Annual report of the Punjab Veterinary College and of the Civil Veterinary Department, Punjab - 1909-1919
Year: 1909
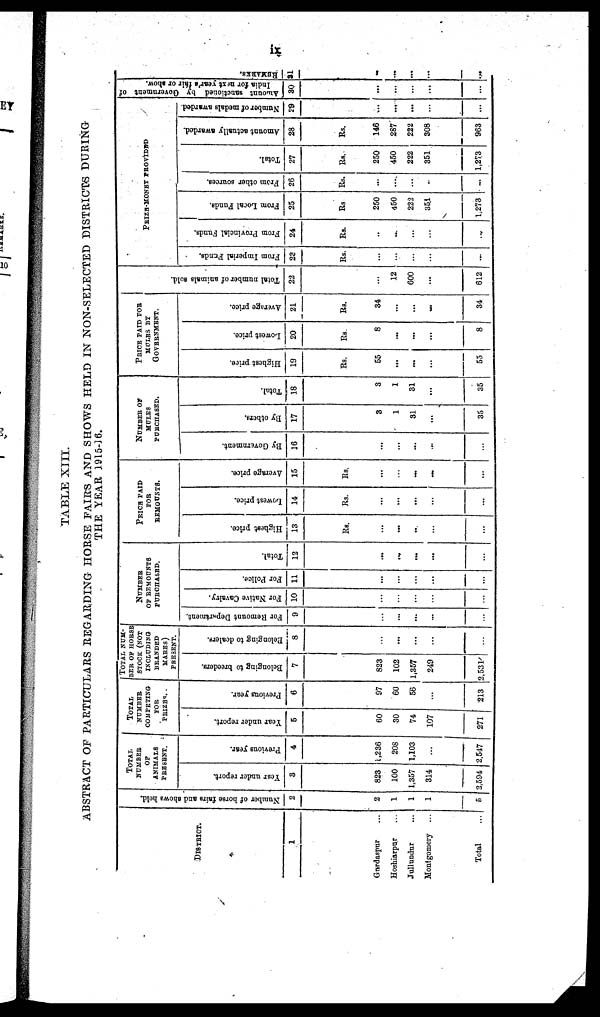
ix
TABLE XIII.
ABSTRACT OF PARTICULARS REGARDING HORSE FAIRS AND SHOWS HELD IN NON-SELECTED DISTRICTS DURING
THE YEAR 1915-16.
DISTRICT.
1
Gurdaspur ...
Hoshiarpur ...
Jullundur ...
Montgomery ...
Total ...
Number of horse fairs and shows held.
2
2
1
1
1
5
TOTAL
NUMBER
OF
ANIMALS
PRESENT.
Year under report.
3
823
100
1,357
314
2,594
Previous year.
4
1,236
208
1,103
...
2,547
TOTAL
NUMBER
COMPETING
FOR
PRIZES .
Year under report.
5
60
30
74
107
271
Previous year.
6
97
60
56
...
213
TOTAL NUM-
BER OF HORSE
STOCK (NOT
INCLUDING
BRANDED
MARES)
PRESENT.
Belonging to breeders.
7
823
102
1,357
249
2,531
Belonging
to dealers.
8
...
...
...
...
...
NUMBER
OF REMOUNTS
PURCHASED.
For Remount Department.
9
...
...
...
...
...
For Native Cavalry.
10
...
...
...
...
...
For Police.
11
...
...
...
...
...
Total.
12
...
...
...
...
...
PRICE PAID
FOR
REMOUNTS.
Highest price.
13
Rs.
...
...
..
...
...
Lowest price.
14
Rs.
...
...
...
...
...
Average price.
15
Rs.
...
...
...
...
...
NUMBER OF
MULES
PURCHASED.
By Government.
16
...
...
...
...
...
By others.
17
3
1
31
...
35
Total.
18
3
1
31
...
35
PRICE PAID FOR
MULES BY
GOVERNMENT.
Highest price.
19
Rs.
55
...
...
...
55
Lowest price.
20
Rs.
8
...
...
...
8
Average price.
21
Rs.
34
...
...
...
34
Tot al number of animals sold.
22
...
12
600
...
612
PRIZE-MONEY
PROVIDED.
From Imperial Fends.
23
Rs.
...
...
...
...
...
From Provincial Funds.
24
Rs.
..
...
...
...
...
From Local Funds.
25
Rs
250
450
222
351
1,273
From other sources.
26
Rs.
...
...
...
...
...
Total.
27
Rs.
250
450
222
351
1,273
Amount actually awarded.
28
Rs.
146
287
222
308
963
Number
of medals awarded.
29
...
...
...
...
...
Amount sanctioned by Government of
India for next year's fair or show.
30
...
...
...
...
...
REMARKS.
31
..
...
...
...
...